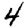
Digit: 4